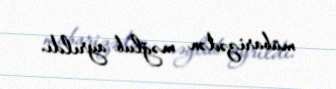
mübarizədən məğlub ayrıldı.